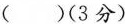
( ) (3分)